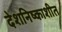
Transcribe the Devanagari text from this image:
देशनिष्काशीत